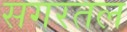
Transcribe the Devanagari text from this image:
सगरतल